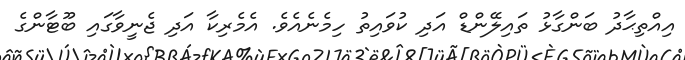
އިއްތިޙާދު ބަންގާޅު ތައިލޭންޑް އަދި ކުވައިތު ހިމެނެއެވެ. އެމެރިކާ އަދި ޖެނީވާގައި ބޫޓާންގެ